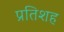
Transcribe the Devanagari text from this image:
प्रतिशह